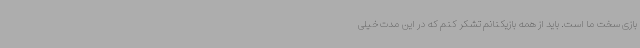
بازی سخت ما است. باید از همه بازیکنانم تشکر کنم که در این مدت خیلی